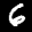
Label: 6